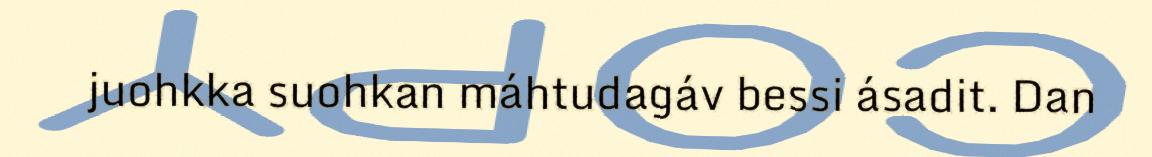
juohkka suohkan máhtudagáv bessi ásadit. Dan